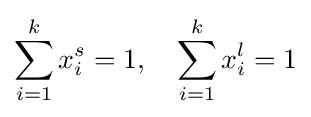
\sum _{i=1}^{k}x_{i}^{s}=1,\quad \sum _{i=1}^{k}x_{i}^{l}=1